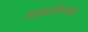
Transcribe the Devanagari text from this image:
मंझलीरानी